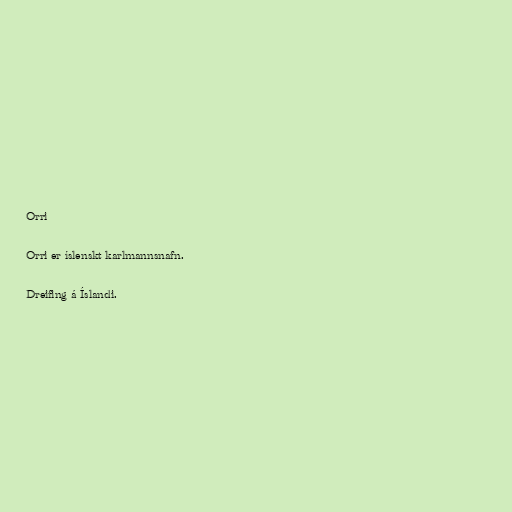
Orri

Orri er íslenskt karlmannsnafn.

Dreifing á Íslandi.